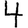
Digit: 4